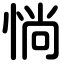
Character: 惝